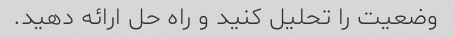
وضعیت را تحلیل کنید و راه حل ارائه دهید.